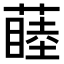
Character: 𬞝